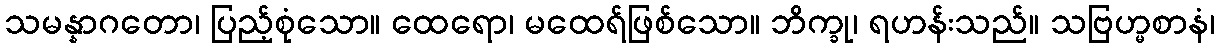
သမန္နာဂတော၊ ပြည့်စုံသော။ ထေရော၊ မထေရ်ဖြစ်သော။ ဘိက္ခု၊ ရဟန်းသည်။ သဗြဟ္မစာနံ၊